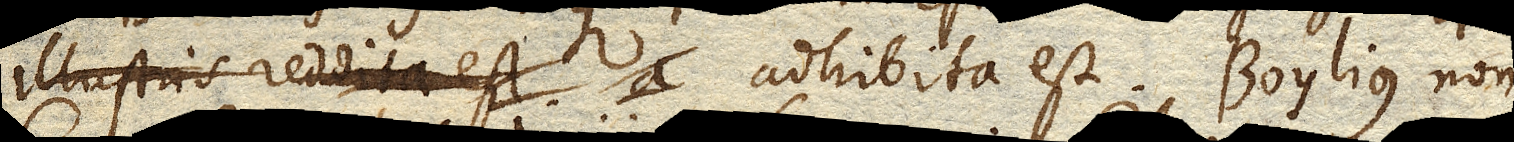
illustris reddita est a adhibita est. Boylius non